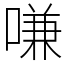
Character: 嗛